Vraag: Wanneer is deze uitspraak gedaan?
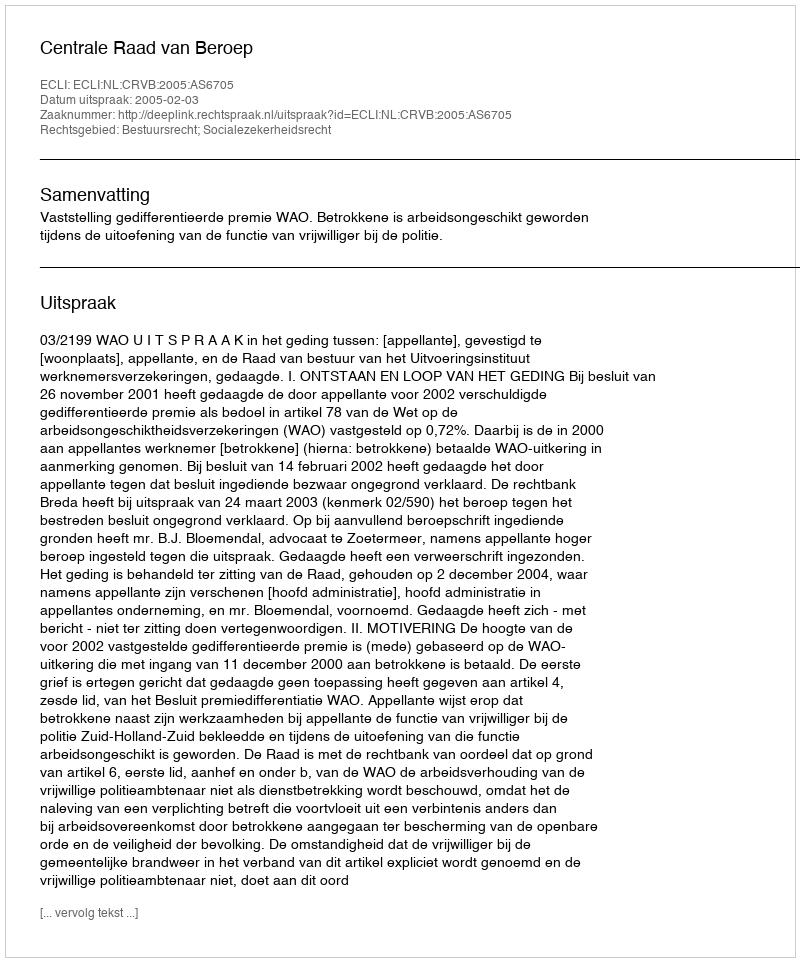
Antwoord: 2005-02-03